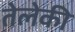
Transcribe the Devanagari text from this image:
तेलेकी